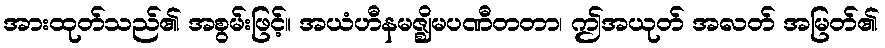
အားထုတ်သည်၏ အစွမ်းဖြင့်။ အယံဟီနမဇ္ဈိမပဏီတတာ၊ ဤအယုတ် အလတ် အမြတ်၏